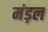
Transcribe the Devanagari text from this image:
मंड़ल